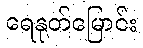
ရေနုတ်မြောင်း